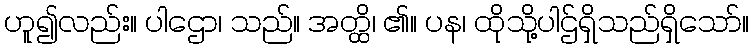
ဟူ၍လည်း။ ပါဌော၊ သည်။ အတ္ထိ၊ ၏။ ပန၊ ထိုသို့ပါဌ်ရှိသည်ရှိသော်။